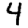
Digit: 4